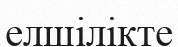
елшілікте